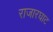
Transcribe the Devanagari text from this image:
राजारघाट